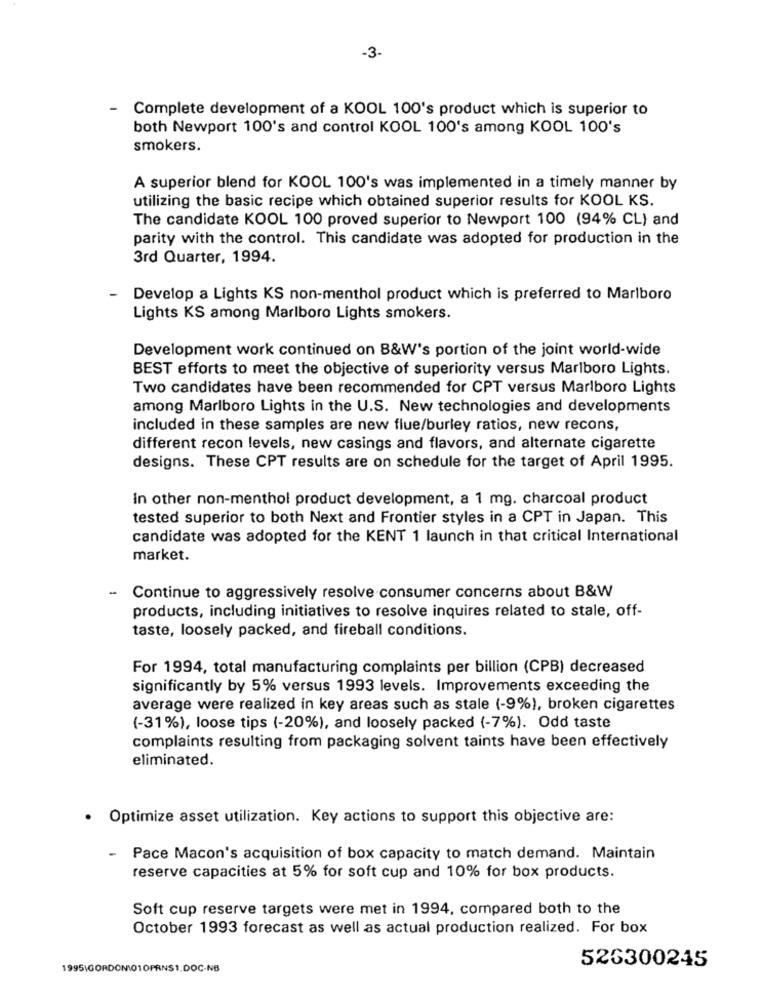
-3-
- Complete development of a KOOL 100's product which is superior to
both Newport 100's and control KOOL 100's among KOOL 100's
smokers.
A superior blend for KOOL 100's was implemented in a timely manner by
utilizing the basic recipe which obtained superior results for KOOL KS.
The candidate KOOL 100 proved superior to Newport 100 (94% CL) and
parity with the control. This candidate was adopted for production in the
3rd Quarter, 1994.
Develop a Lights KS non-menthol product which is preferred to Marlboro
Lights KS among Marlboro Lights smokers.
Development work continued on B&W's portion of the joint world-wide
BEST efforts to meet the objective of superiority versus Marlboro Lights.
Two candidates have been recommended for CPT versus Marlboro Lights
among Marlboro Lights in the U.S. New technologies and developments
included in these samples are new flue/burley ratios, new recons,
different recon levels, new casings and flavors, and alternate cigarette
designs. These CPT results are on schedule for the target of April 1995.
In other non-menthol product development, a 1 mg. charcoal product
tested superior to both Next and Frontier styles in a CPT in Japan. This
candidate was adopted for the KENT 1 launch in that critical International
market.
-
Continue to aggressively resolve consumer concerns about B&W
products, including initiatives to resolve inquires related to stale, off-
taste, loosely packed, and fireball conditions.
For 1994, total manufacturing complaints per billion (CPB) decreased
significantly by 5% versus 1993 levels. Improvements exceeding the
average were realized in key areas such as stale (-9%), broken cigarettes
(-31%), loose tips (-20%), and loosely packed (-7%). Odd taste
complaints resulting from packaging solvent taints have been effectively
eliminated.
· Optimize asset utilization. Key actions to support this objective are:
-
Pace Macon's acquisition of box capacity to match demand. Maintain
reserve capacities at 5% for soft cup and 10% for box products.
Soft cup reserve targets were met in 1994, compared both to the
October 1993 forecast as well as actual production realized. For box
526300245
1995\GORDON101OPRN$1.DOC-NB